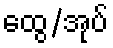
ထွေ/အုပ်